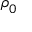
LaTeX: { \boldsymbol { \rho } } _ { 0 }